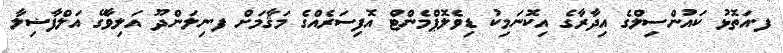
ފ.އަތޮޅު ކައުންސިލްގެ އިދާރާގެ އިކޮނަމިކު ޑިވެލޮޕްމެންޓް އޮފިސަރެއްގެ މަޤާމަށް ފ.ނިލަންދޫ އަލިވާގޭ އަލްފާޟިލާ